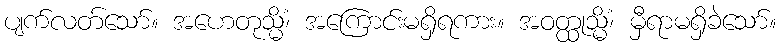
ပျက်လတ်သော်။ အဟေတုသ္မိံ၊ အကြောင်းမရှိရကား။ အဝတ္ထုသ္မိံ၊ မှီရာမရှိခဲသော်။